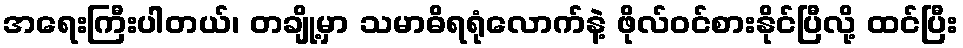
အရေးကြီးပါတယ်၊ တချို့မှာ သမာဓိရရုံလောက်နဲ့ ဖိုလ်ဝင်စားနိုင်ပြီလို့ ထင်ပြီး